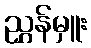
ညွှန်မှူး